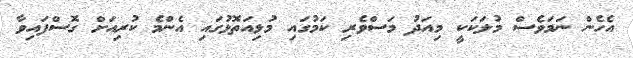
އެހެން ނަމަވެސް މުލަކަކީ މިއަދު މަސްވެރި ކަމުގައި މުޅިއަތޮޅުގައި އެންމެ ކުރިއަށް ގޮސްފައިވާ